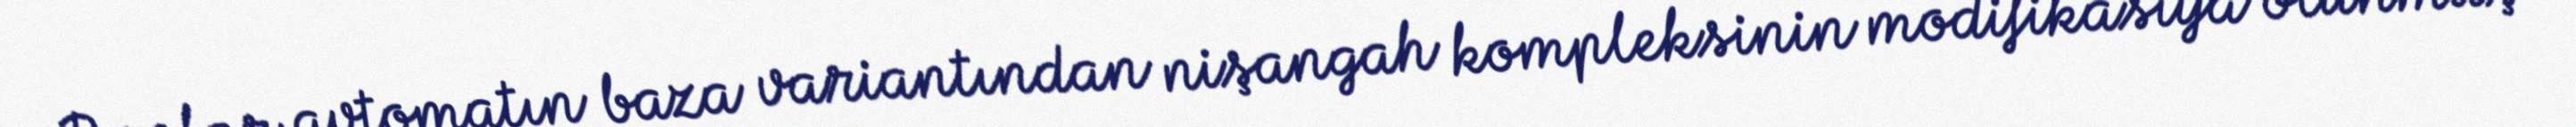
Bunlar avtomatın baza variantından nişangah kompleksinin modifikasiya olunmuş